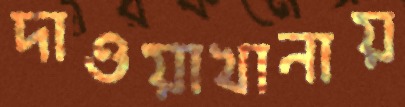
দাওয়াখানায়